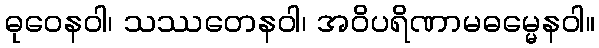
ဓုဝေနဝါ၊ သဿတေနဝါ၊ အဝိပရိဏာမဓမ္မေနဝါ။